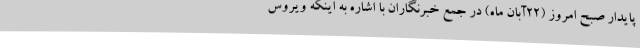
پایدار صبح امروز (22آبان ماه) در جمع خبرنگاران با اشاره به اینکه ویروس